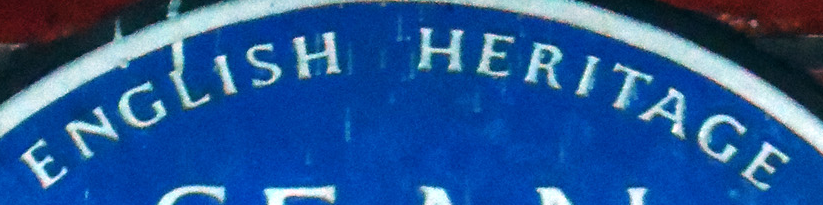
ENGLISH HERITAGE